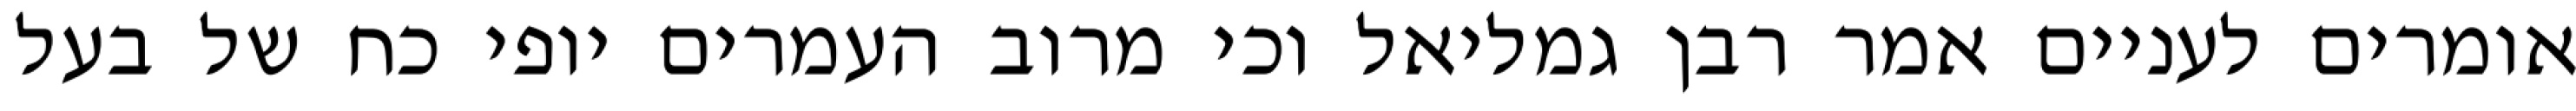
אומרים לעניים אמר רבן גמליאל וכי מרוב העמרים יופי כח של בעל